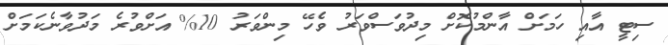
ސިޓީ އާއި ހަމަށް އާންމުކޮށް މިދުވަސްވަރު ވެހޭ މިންވަރު 10% އަށްވުރެ މަދުވާނެކަމަށް